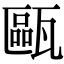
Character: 甌